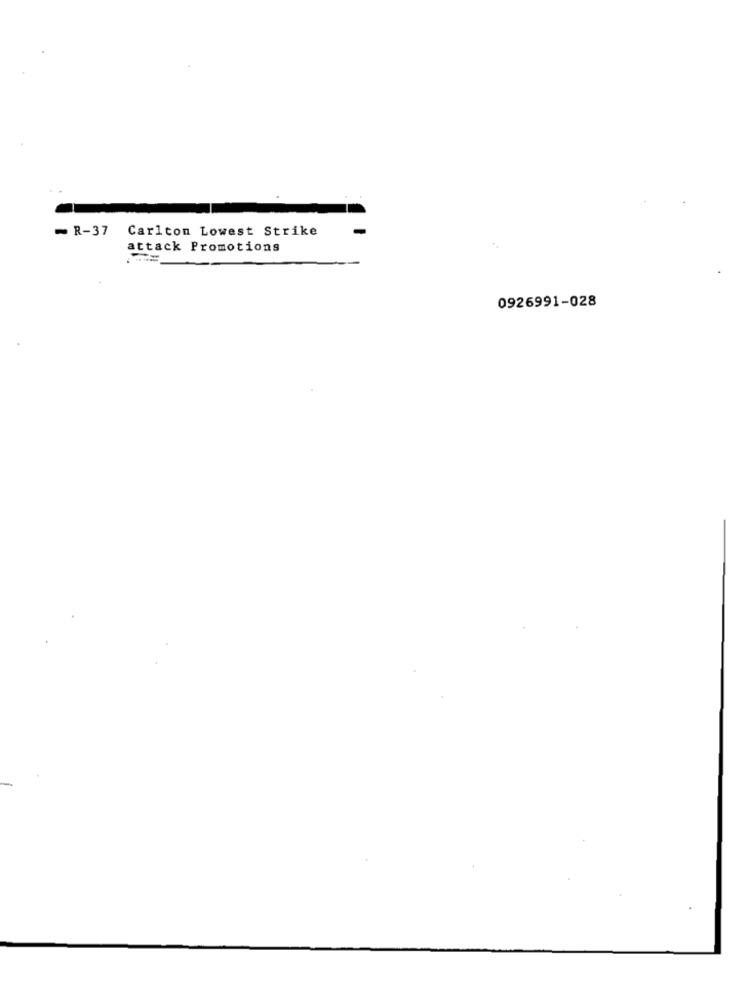
- R-37
Carlton Lowest Strike
attack Promotions
0926991-028